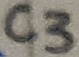
Text: C3